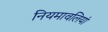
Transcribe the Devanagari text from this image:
नियमावलियां